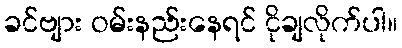
ခင်ဗျား ဝမ်းနည်းနေရင် ငိုချလိုက်ပါ။